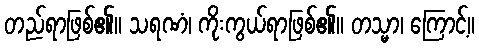
တည်ရာဖြစ်၏။ သရဏံ၊ ကိုးကွယ်ရာဖြစ်၏။ တသ္မာ၊ ကြောင့်။